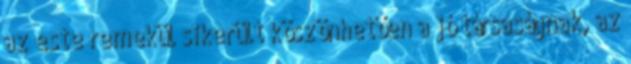
az este remekül sikerült köszönhetően a jó társaságnak, az